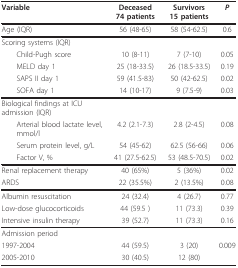
<table><thead><tr><td><b>Variable</b></td><td><b>Deceased74 patients</b></td><td><b>Survivors15 patients</b></td><td><b><i>P</i></b></td></tr></thead><tbody><tr><td>Age (IQR)</td><td>56 (48-65)</td><td>58 (54-62.5)</td><td>0.6</td></tr><tr><td>Scoring systems (IQR)</td><td></td><td></td><td></td></tr><tr><td> Child-Pugh score</td><td>10 (8-11)</td><td>7 (7-10)</td><td>0.05</td></tr><tr><td> MELD day 1</td><td>25 (18-33.5)</td><td>26 (18.5-33.5)</td><td>0.19</td></tr><tr><td> SAPS II day 1</td><td>59 (41.5-83)</td><td>50 (42-62.5)</td><td>0.02</td></tr><tr><td> SOFA day 1</td><td>14 (10-17)</td><td>9 (7.5-9)</td><td>0.03</td></tr><tr><td>Biological findings at ICU admission (IQR)</td><td></td><td></td><td></td></tr><tr><td> Arterial blood lactate level, mmol/l</td><td>4.2 (2.1-7.3)</td><td>2.8 (2-4.5)</td><td>0.08</td></tr><tr><td> Serum protein level, g/L</td><td>54 (45-62)</td><td>62.5 (56-66)</td><td>0.06</td></tr><tr><td> Factor V, %</td><td>41 (27.5-62.5)</td><td>53 (48.5-70.5)</td><td>0.02</td></tr><tr><td>Renal replacement therapy</td><td>40 (65%)</td><td>5 (36%)</td><td>0.02</td></tr><tr><td>ARDS</td><td>22 (35.5%)</td><td>2 (13.5%)</td><td>0.08</td></tr><tr><td>Albumin resuscitation</td><td>24 (32.4)</td><td>4 (26.7)</td><td>0.77</td></tr><tr><td>Low-dose glucocorticoids</td><td>44 (59.5 )</td><td>11 (73.3)</td><td>0.39</td></tr><tr><td>Intensive insulin therapy</td><td>39 (52.7)</td><td>11 (73.3)</td><td>0.16</td></tr><tr><td>Admission period</td><td></td><td></td><td></td></tr><tr><td>1997-2004</td><td>44 (59.5)</td><td>3 (20)</td><td>0.009</td></tr><tr><td>2005-2010</td><td>30 (40.5)</td><td>12 (80)</td><td></td></tr></tbody></table>